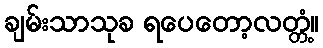
ချမ်းသာသုခ ရပေတော့လတ္တံ့။